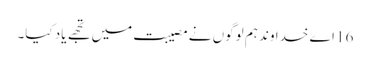
16 اے خدا وند ہم لوگوں نے مصیبت میں تجھے یاد کیا۔